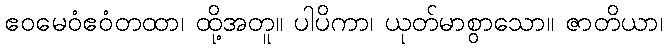
ဧဝမေဝံဧဝံတထာ၊ ထို့အတူ။ ပါပိကာ၊ ယုတ်မာစွာသော။ ဇာတိယာ၊